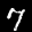
Label: 7